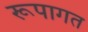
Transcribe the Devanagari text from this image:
रूपागत